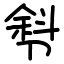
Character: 厁